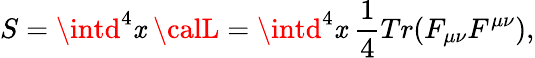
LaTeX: S=\intd^{4}\mathit{x}\ {\calL}=\intd^{4}\mathit{x}\ {\frac{{1}}{{4}}}Tr(F_{\mu\nu}F^{\mu\nu}),